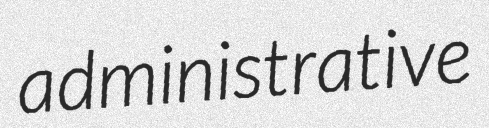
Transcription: administrative